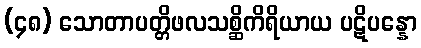
(၄၈) သောတာပတ္တိဖလသစ္ဆိကိရိယာယ ပဋိပန္နော